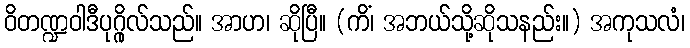
ဝိတဏ္ဍဝါဒီပုဂ္ဂိုလ်သည်။ အာဟ၊ ဆိုပြီ။ (ကိံ၊ အဘယ်သို့ဆိုသနည်း။) အကုသလံ၊